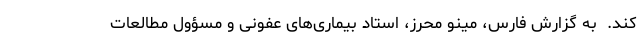
کند.  به گزارش فارس، مینو محرز، استاد بیماری‌های عفونی و مسؤول مطالعات